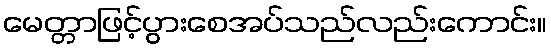
မေတ္တာဖြင့်ပွားစေအပ်သည်လည်းကောင်း။